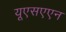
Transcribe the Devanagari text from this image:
यूएसएएन